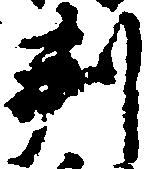
判